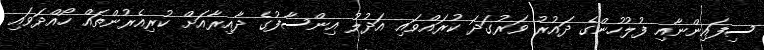
ސިފައިންނާއި ފުލުހުންގެ ދައުރު ވަރުގަދަ ކުރައްވައި އަދުލު އިންސާފުގެ ދާއިރާއަށް ކުރިއެރުންތައް ހޯއްދަވައި